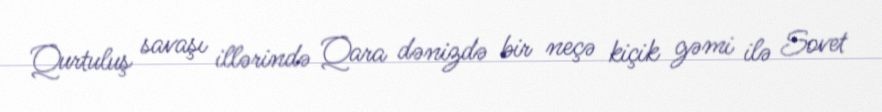
Qurtuluş savaşı illərində Qara dənizdə bir neçə kiçik gəmi ilə Sovet